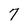
Character: 7